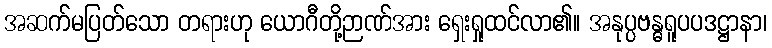
အဆက်မပြတ်သော တရားဟု ယောဂီတို့ဉာဏ်အား ရှေးရှုထင်လာ၏။ အနုပ္ပဗန္ဓရူပပဒဋ္ဌာနာ၊